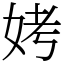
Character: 㛈